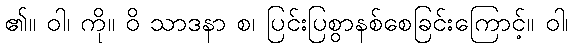
၏။ ဝါ၊ ကို။ ဝိ သာဒနာ စ၊ ပြင်းပြစွာနစ်စေခြင်းကြောင့်။ ဝါ၊